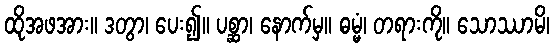
ထိုအဖအား။ ဒတွာ၊ ပေး၍။ ပစ္ဆာ၊ နောက်မှ။ ဓမ္မံ၊ တရားကို။ သောဿာမိ၊